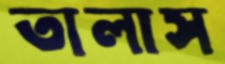
তালাস